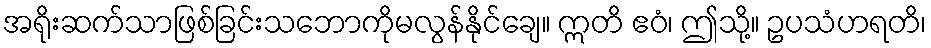
အရိုးဆက်သာဖြစ်ခြင်းသဘောကိုမလွန်နိုင်ချေ။ ဣတိ ဧဝံ၊ ဤသို့။ ဥပသံဟရတိ၊